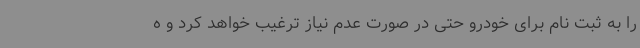
را به ثبت نام برای خودرو حتی در صورت عدم نیاز ترغیب خواهد کرد و ه